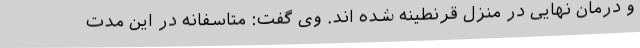
و درمان نهایی در منزل قرنطینه شده اند. وی گفت: متاسفانه در این مدت